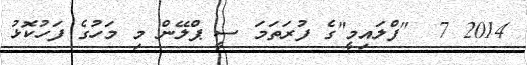
2014 7  "ފްލައިމީ"ގެ ފުރަތަމަ ސީ ޕްލޭން މި މަހުގެ ފަހުކޮޅު